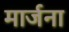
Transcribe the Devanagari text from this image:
मार्जना